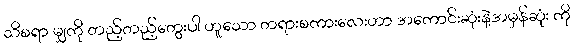
သိစရာ မျှကို တည့်တည့်တွေးပါ ဟူသော တရားစကားလေးဟာ အကောင်းဆုံးနဲ့အမှန်ဆုံး ကို